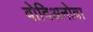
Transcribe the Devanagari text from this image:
वोदिअनोवा